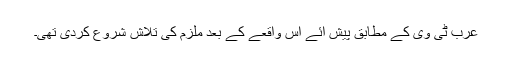
عرب ٹی وی کے مطابق پیش آئے اس واقعے کے بعد ملزم کی تلاش شروع کردی تھی۔